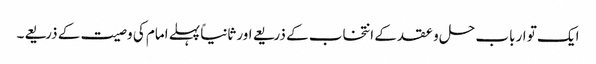
ایک تو ارباب حل و عقد کے انتخاب کے ذریعے اور ثانیاً پہلے امام کی وصیت کے ذریعے۔